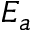
E _ { a }